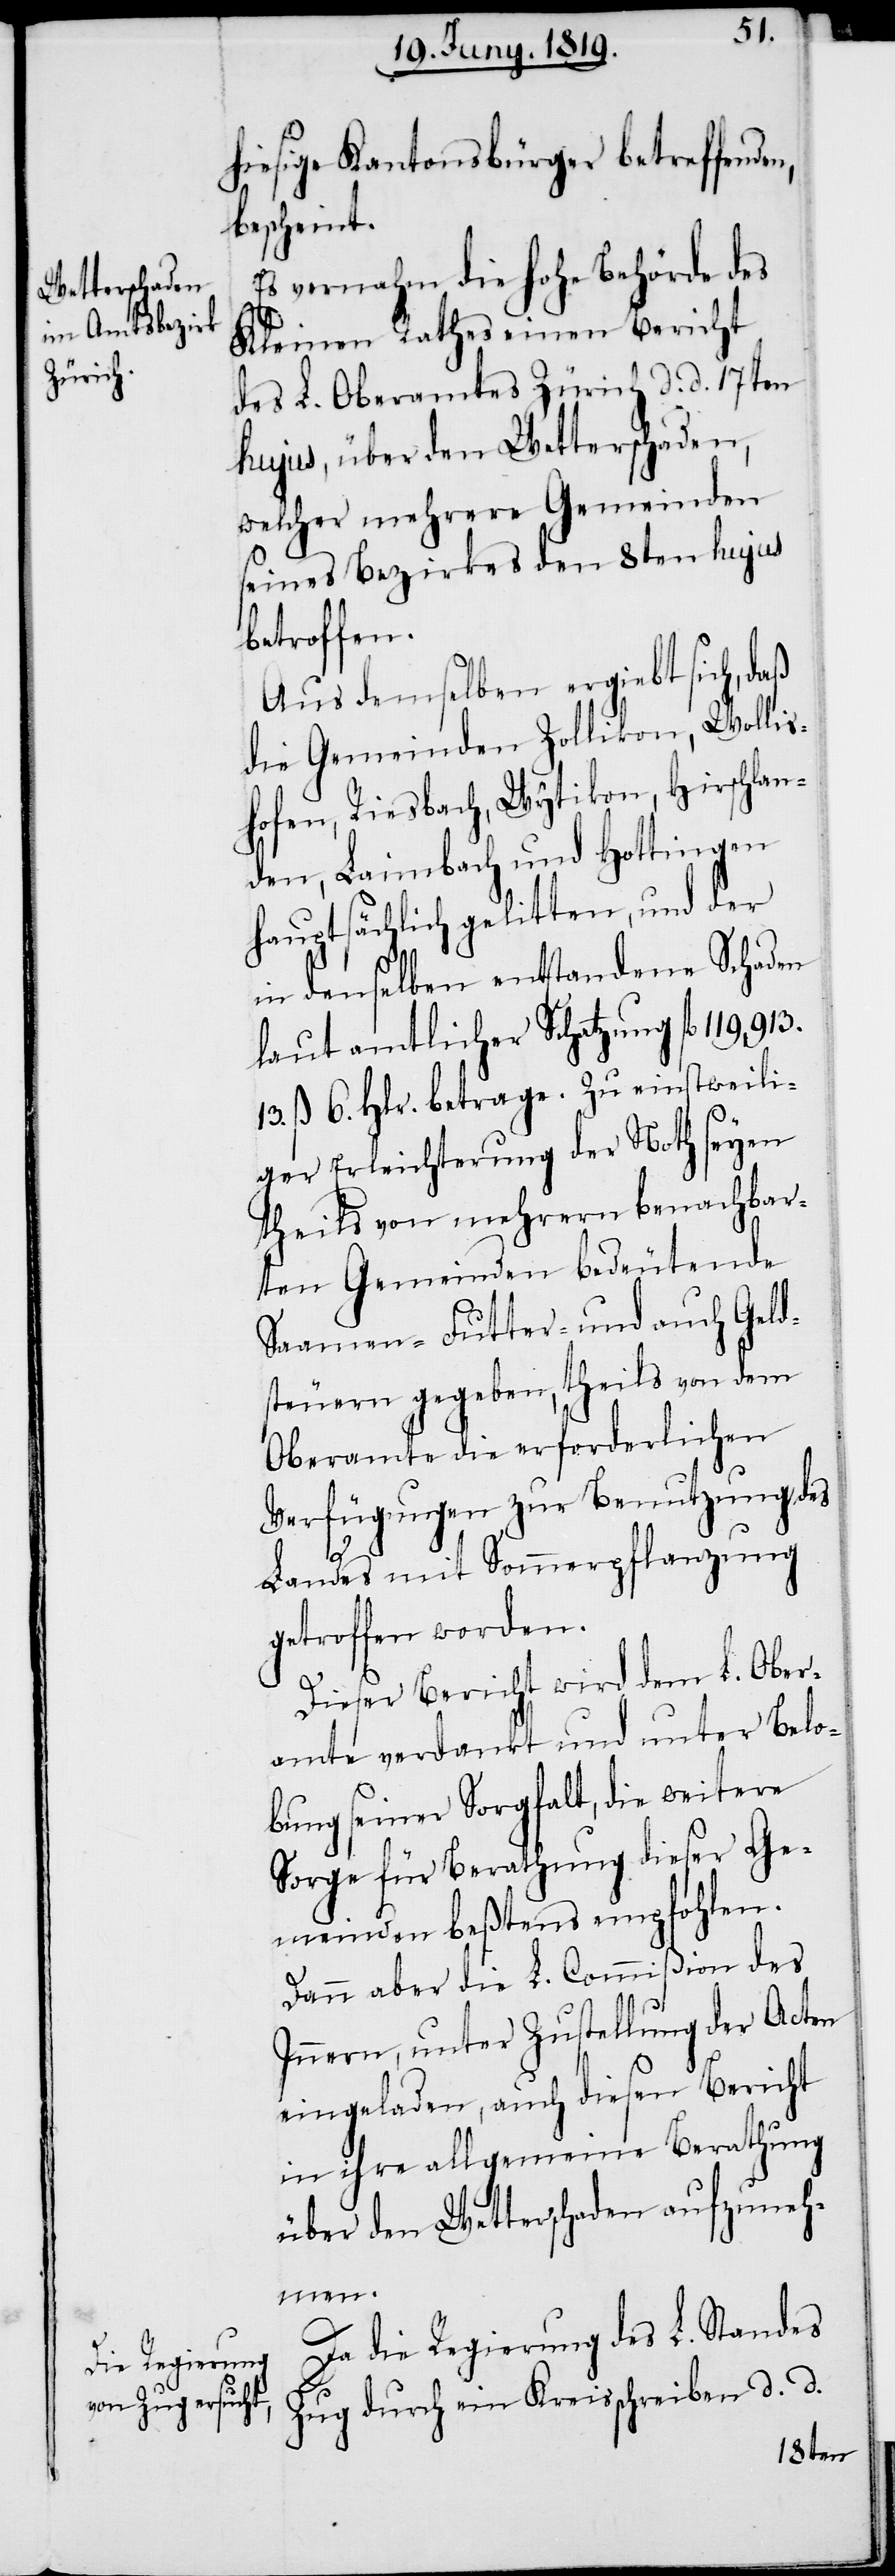
hiesigen Kantonsbürger betreffende¬
bescheint.
Es vernahm die hohe Behörde des
Kleinen Rathes einen Bericht
des L. Oberamtes Zürich d. d. 17ten
hujus, über den Wetterschaden,
welcher mehrere Gemeinden
seines Bezirkes den 8ten hujus
betroffen.
Aus demselben ergiebt sich, daß
die Gemeinden Zollikon, Wolli¬
shofen, Riesbach, Wytikon, Hirschlan¬
den, Laimbach und Hottingen
hauptsächlich gelitten, und der
n,
in denselben entstandene Schaden
laut amtlicher Schatzung fl. 119913.
13. ß 6. Hlr. betrage. Zu einstweili¬
ger Erleichterung der Noth seyen
theils von mehrern benachbar¬
ten Gemeinden bedeutende
Saamen- Futter- und auch Geld¬
steuern gegeben, theils von dem
Oberamte die erforderlichen
Verfügungen zur Benutzung des
Landes mit Sommerpflanzung
getroffen worden.
Dieser Bericht wird dem L. Ober¬
amte verdankt und unter Belo¬
bung seiner Sorgfalt, die weitere
Sorge für Berathung dieser Ge¬
meinden beßtens empfohlen.
Dann aber die L. Commißion des
Innern, unter Zustellung der Acten
eingeladen, auch diesen Bericht
in ihre allgemeine Berathung
über den Wetterschaden aufzuneh¬
men.
Da die Regierung des L. Standes
Zug durch ein Kreisschreiben d. d.